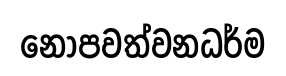
නොපවත්වනධර්ම